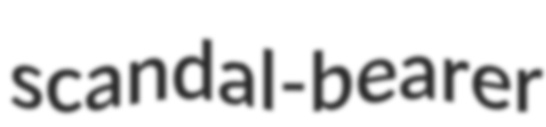
scandal-bearer